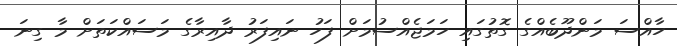
ހާއްސަ މަންދޫބެއްގެ ގޮތުގައި ހަމަޖެއްސުމަށް ފަހު ނައިފަރު ދާއިރާގެ މަސައްކަތަށް މާ ގިނަ